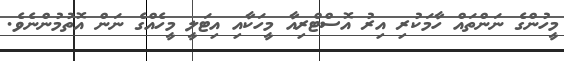
މީހުންގެ ނަންތައް ހާމަކުރި އިރު އޮސްޓްރިއާ މީހަކާއި އިޓަލީ މީހެއްގެ ނަން އޮތުމުންނެވެ.